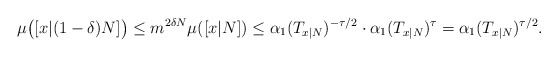
\begin{align*}\mu\big([x|(1-\delta)N]\big)\leq m^{2\delta N}\mu([x|N])\leq \alpha_1(T_{x|N})^{-\tau/2}\cdot \alpha_1(T_{x|N})^\tau=\alpha_1(T_{x|N})^{\tau/2}.\end{align*}